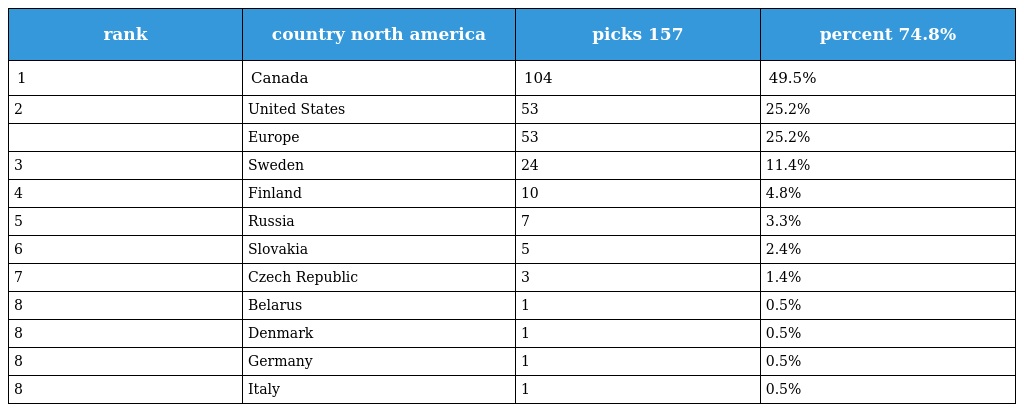
| rank | country north america | picks 157 | percent 74.8% |
 | --- | --- | --- | --- |
 | 1 | Canada | 104 | 49.5% |
 | 2 | United States | 53 | 25.2% |
 |  | Europe | 53 | 25.2% |
 | 3 | Sweden | 24 | 11.4% |
 | 4 | Finland | 10 | 4.8% |
 | 5 | Russia | 7 | 3.3% |
 | 6 | Slovakia | 5 | 2.4% |
 | 7 | Czech Republic | 3 | 1.4% |
 | 8 | Belarus | 1 | 0.5% |
 | 8 | Denmark | 1 | 0.5% |
 | 8 | Germany | 1 | 0.5% |
 | 8 | Italy | 1 | 0.5% |